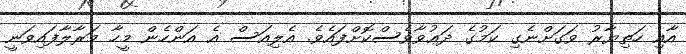
އާއި ހަތިޔާރު ވަގަށްނެގި ކަމުގެ ދަޢުވާވެސްކޮށްފައެވެ. އެލިއަސް އެ އަންހެން މީހާ މަރާލާފައިވަނީ